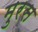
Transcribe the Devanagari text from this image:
मुरस